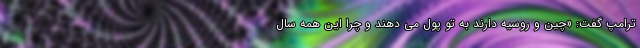
ترامپ گفت: «چین و روسیه دارند به تو پول می دهند و چرا این همه سال